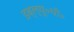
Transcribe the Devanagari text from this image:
डब्ल्यू॰पी॰